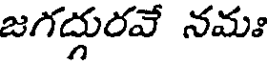
జగద్గురవే నమః